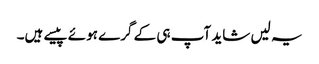
یہ لیں شاید آپ ہی کے گرے ہوئے پیسے ہیں۔